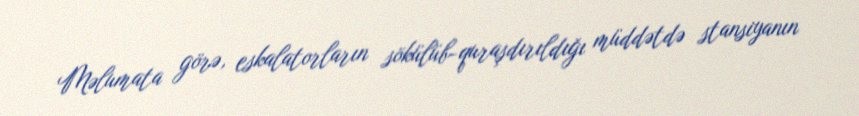
Məlumata görə, eskalatorların sökülüb-quraşdırıldığı müddətdə stansiyanın